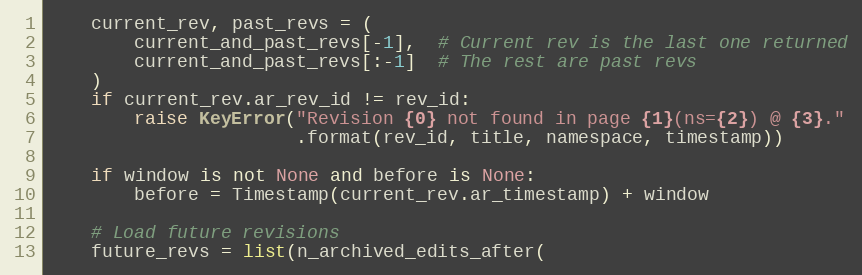
Language: Python
    current_rev, past_revs = (
        current_and_past_revs[-1],  # Current rev is the last one returned
        current_and_past_revs[:-1]  # The rest are past revs
    )
    if current_rev.ar_rev_id != rev_id:
        raise KeyError("Revision {0} not found in page {1}(ns={2}) @ {3}."
                       .format(rev_id, title, namespace, timestamp))

    if window is not None and before is None:
        before = Timestamp(current_rev.ar_timestamp) + window

    # Load future revisions
    future_revs = list(n_archived_edits_after(